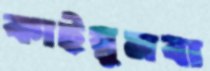
কাইয়ুমবা